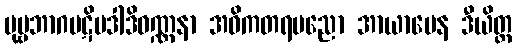
ပုဗ္ဗဘာဂပဋိပဒါဒိဝဏ္ဏနာ အဓိကတရပညော အာယာမေန ဒီယိတ္ထ